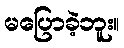
မပြောခဲ့ဘူး။